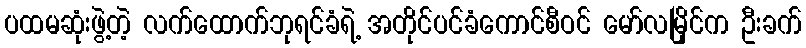
ပထမဆုံးဖွဲ့တဲ့ လက်ထောက်ဘုရင်ခံရဲ့ အတိုင်ပင်ခံကောင်စီဝင် မော်လမြိုင်က ဦးခက်